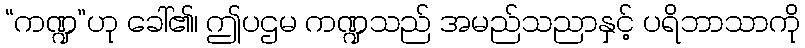
“ကဏ္ဍ”ဟု ခေါ်၏၊ ဤပဌမ ကဏ္ဍသည် အမည်သညာနှင့် ပရိဘာသာကို